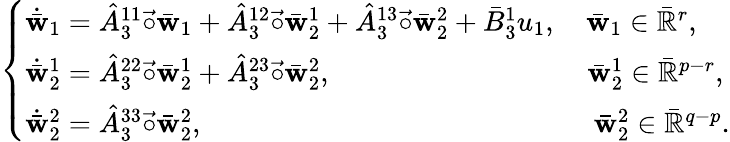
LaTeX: \left\{ \begin{array}{l}{\dot{\bar{\mathbf{w}}}_{1}=\hat{A}_{3}^{11}\vec{\circ}\bar{{\mathbf{w}}}_{1}+\hat{A}_{3}^{12}\vec{\circ}\bar{\mathbf{w}}_{2}^{1}+\hat{A}_{3}^{13}\vec{\circ}\bar{\mathbf{w}}_{2}^{2}+\bar{B}_{3}^{1}u_{1},\quad{\bar{\mathbf{w}}}_{1}\in\bar{\mathbb{R}}^{r},}\\ {\dot{\bar{\mathbf{w}}}_{2}^{1}=\hat{A}_{3}^{22}\vec{\circ}\bar{\mathbf{w}}_{2}^{1}+\hat{A}_{3}^{23}\vec{\circ}\bar{\mathbf{w}}_{2}^{2},~~~~~~~~~~~~~~~~~~~~~~~~~~~~~~~~\quad{\bar{\mathbf{w}}}_{2}^{1}\in\bar{\mathbb{R}}^{p-r},}\\ {\dot{\bar{\mathbf{w}}}_{2}^{2}=\hat{A}_{3}^{33}\vec{\circ}\bar{\mathbf{w}}_{2}^{2},~~~~~~~~~~~~~~~~~~~~~~~~~~~~~~~~~~~~~~~~~~~~~~~~~~~\quad{\bar{\mathbf{w}}}_{2}^{2}\in\bar{\mathbb{R}}^{q-p}.}\end{array}\right.